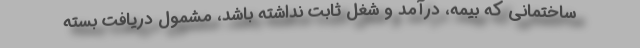
ساختمانی که بیمه، درآمد و شغل ثابت نداشته باشد، مشمول دریافت بسته